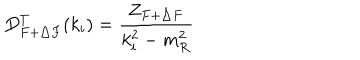
D _ { F + \triangle F } ^ { T } ( k _ { i } ) = \frac { Z _ { F + \triangle F } } { k _ { i } ^ { 2 } - m _ { R } ^ { 2 } }